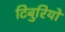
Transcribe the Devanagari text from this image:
टिबुरियो